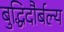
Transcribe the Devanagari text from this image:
बुद्धिदौर्बल्य